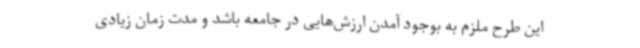
این طرح ملزم به بوجود آمدن ارزش‌هایی در جامعه باشد و مدت زمان زیادی